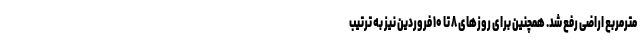
مترمربع اراضی رفع شد. همچنین برای روز‌های ۸ تا ۱۰ فروردین نیز به ترتیب